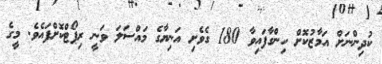
ކުދިންނަށް އަމާޒުކޮށް ހިންގާފައިވާ 180 ގެވެށި އަނިޔާގެ މައްސަލަ ވަނީ ރިޕޯޓްކޮށްފައެވެ. މީގެ